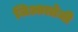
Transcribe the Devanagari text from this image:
जिआलोजी